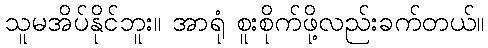
သူမအိပ်နိုင်ဘူး။ အာရုံ စူးစိုက်ဖို့လည်းခက်တယ်။